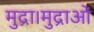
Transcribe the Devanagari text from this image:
मुद्रा।मुद्राओं